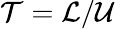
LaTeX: \mathcal{T}=\mathcal{L}/\mathcal{U}